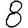
Digit: 8